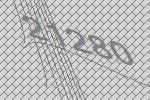
21280